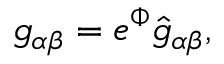
g _ { \alpha \beta } = e ^ { \Phi } \hat { g } _ { \alpha \beta } ,